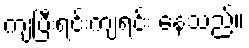
ကျပြီးရင်းကျရင်း နေသည်။